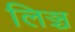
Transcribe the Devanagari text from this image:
लिञ्च